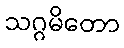
သဂ္ဂမိတော